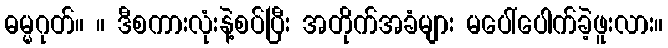
ဓမ္မဂုတ်။ ။ ဒီစကားလုံးနဲ့စပ်ပြီး အတိုက်အခံများ မပေါ်ပေါက်ခဲ့ဖူးလား။